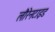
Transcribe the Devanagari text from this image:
लौरेनटाइड